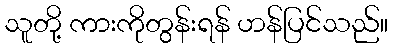
သူတို့ ကားကိုတွန်းရန် ဟန်ပြင်သည်။